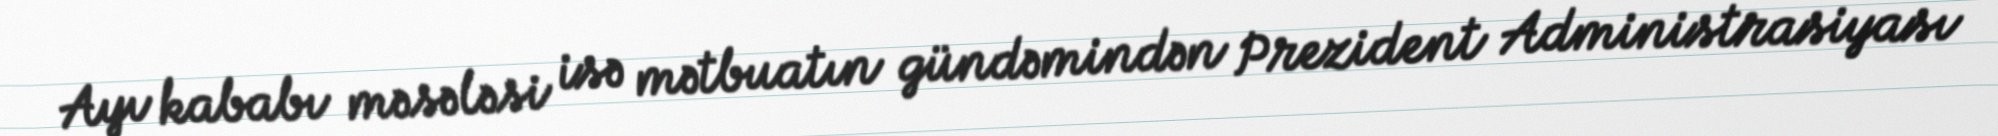
Ayı kababı məsələsi isə mətbuatın gündəmindən Prezident Administrasiyası